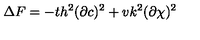
\Delta F = - t h ^ { 2 } ( \partial c ) ^ { 2 } + v k ^ { 2 } ( \partial \chi ) ^ { 2 }